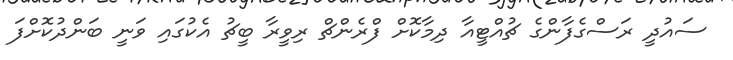
ސައުދީ ރަސްގެފާންގެ ޗުއްޓީއާ ދިމާކޮށް ފްރެންޗް ރިވީރާ ބީޗު އެކުގައި ވަނީ ބަންދުކޮށްފަ